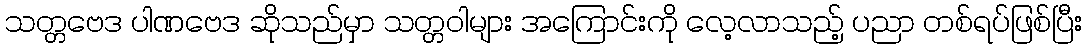
သတ္တဗေဒ ပါဏဗေဒ ဆိုသည်မှာ သတ္တဝါများ အကြောင်းကို လေ့လာသည့် ပညာ တစ်ရပ်ဖြစ်ပြီး